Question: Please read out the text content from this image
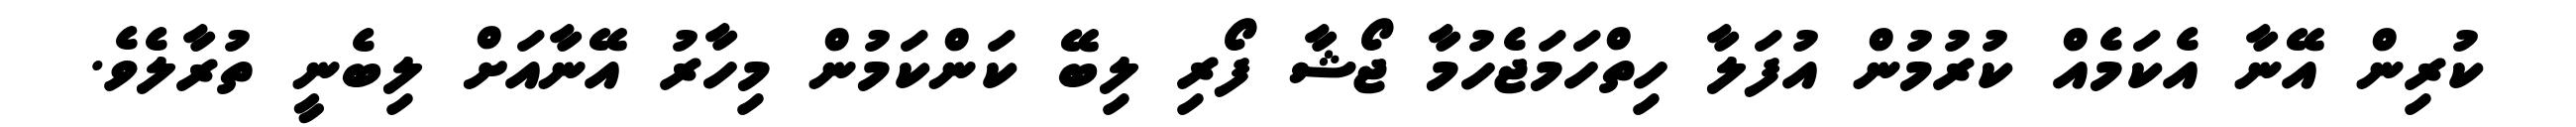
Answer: ކުރިން އޭނާ އެކަމެއް ކުރުމުން އުފަލާ ހިތްހަމަޖެހުމާ ޖޯޝާ ފޯރި ލިބޭ ކަންކަމުން މިހާރު އޭނާއަށް ލިބެނީ ތުރާލެވެ.